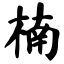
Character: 楠